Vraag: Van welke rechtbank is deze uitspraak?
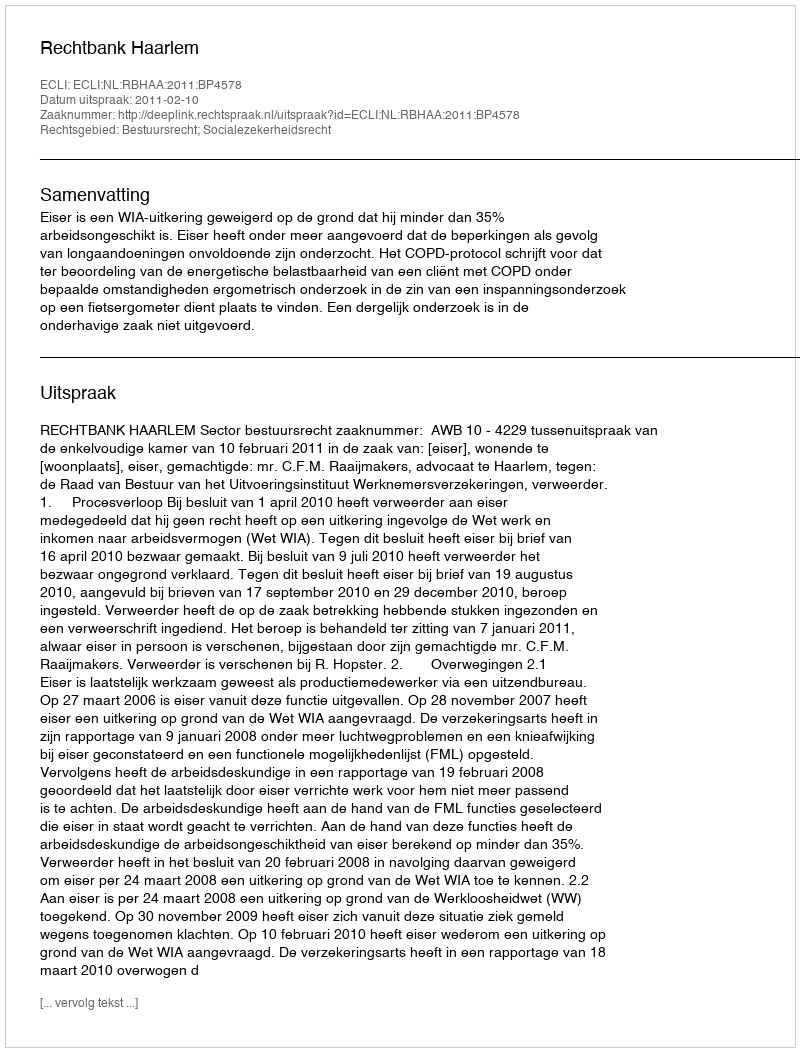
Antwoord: Rechtbank Haarlem